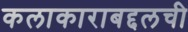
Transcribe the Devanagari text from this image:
कलाकाराबद्दलची